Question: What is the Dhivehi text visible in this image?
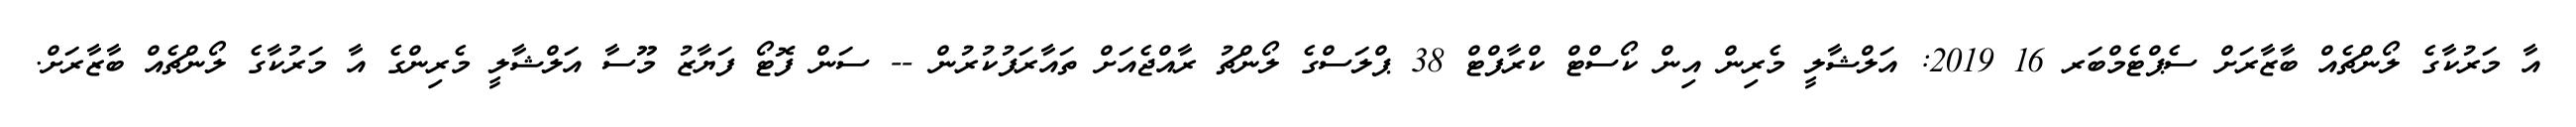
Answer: އާ މަރުކާގެ ލޯންޗެއް ބާޒާރަށް ސެޕްޓެމްބަރ 16 2019: އަލްޝާލީ މެރިން އިން ކޯސްޓް ކްރާފްޓް 38 ޕްލަސްގެ ލޯންޗު ރާއްޖެއަށް ތައާރަފުކުރުން -- ސަން ފޮޓޯ ފަޔާޒު މޫސާ އަލްޝާލީ މެރިންގެ އާ މަރުކާގެ ލޯންޗެއް ބާޒާރަށް.